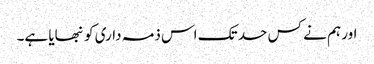
اور ہم نے کس حد تک اس ذمہ داری کو نبھایا ہے۔